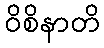
ဝိစိနာတိ